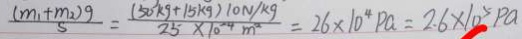
\frac { ( m _ { 1 } + m _ { 2 } ) g } { s } = \frac { ( 5 0 ^ { 3 } k g + 1 5 k g ) 1 0 N / k g } { 2 5 \times 1 0 ^ { - 4 } m ^ { 2 } } = 2 6 \times 1 0 ^ { 4 } P a = 2 . 6 \times 1 0 ^ { 5 } P a